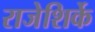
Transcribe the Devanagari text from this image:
राजेशिर्के